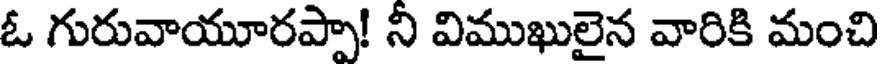
ఓ గురువాయూరప్పా! ని విముఖులైన వారికి మంచి